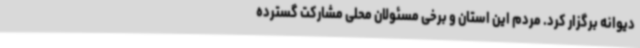
دیوانه برگزار کرد. مردم‌ این استان‌ و برخی مسئولان محلی مشارکت گسترده